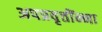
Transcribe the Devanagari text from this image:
अपप्रवृत्तींन्ना